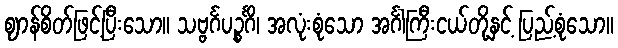
ဈာန်စိတ်ဖြင့်ပြီးသော။ သဗ္ဗင်္ဂပဉ္စင်္ဂိ၊ အလုံးစုံသော အင်္ဂါကြီးငယ်တို့နှင့် ပြည့်စုံသော။